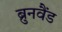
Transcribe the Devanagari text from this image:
ब्रुनवैंड